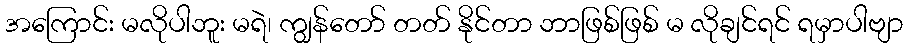
အကြောင်း မလိုပါဘူး မရဲ၊ ကျွန်တော် တတ် နိုင်တာ ဘာဖြစ်ဖြစ် မ လိုချင်ရင် ရမှာပါဗျာ